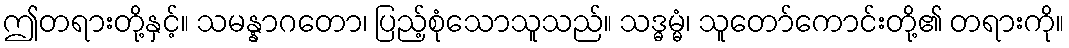
ဤတရားတို့နှင့်။ သမန္နာဂတော၊ ပြည့်စုံသောသူသည်။ သဒ္ဓမ္မံ၊ သူတော်ကောင်းတို့၏ တရားကို။